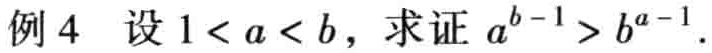
例 4 设 \(1 < a < b\)，求证 \(a^{b - 1} > b^{a - 1}\)。